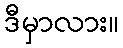
ဒီမှာလား။